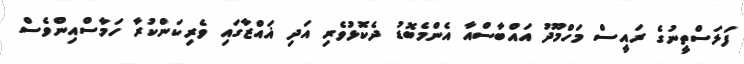
ފަލަސްތީނުގެ ރައީސް މަހްމޫދު އައްބާސްއާ އެންމެބޮޑު ދެކޮޅުވެރި އަދި ޣައްޒާގައި ވެރިކަންކުރާ ހަމާސްއިންވެސް